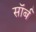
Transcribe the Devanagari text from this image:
सॉर्ब